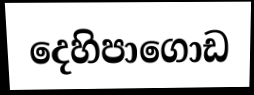
දෙහිපාගොඩ